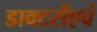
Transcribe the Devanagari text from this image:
डाक्टरोंएवं